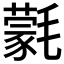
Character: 氋